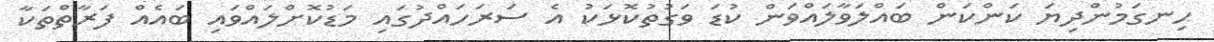
ހިނގަމުންދިޔަ ކަންކަން ބައްލަވާލައްވަން ކުޑަ ވަގުތުކޮޅަކު އެ ސަރަހައްދުގައި މަޑުކޮށްލައްވައި ބައެއް ފަރާތްތަކާ